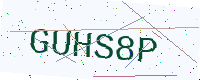
Text: GUHS8P